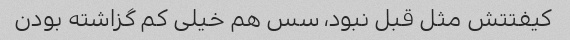
کیفتتش مثل قبل نبود، سس هم خیلی کم گزاشته بودن